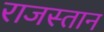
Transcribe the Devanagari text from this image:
राजस्तान